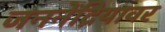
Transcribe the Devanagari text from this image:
जननेंद्रियावर